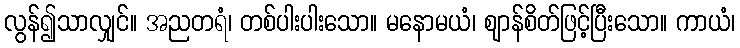
လွန်၍သာလျှင်။ အညတရံ၊ တစ်ပါးပါးသော။ မနောမယံ၊ ဈာန်စိတ်ဖြင့်ပြီးသော။ ကာယံ၊